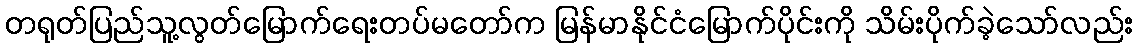
တရုတ်ပြည်သူ့လွတ်မြောက်ရေးတပ်မတော်က မြန်မာနိုင်ငံမြောက်ပိုင်းကို သိမ်းပိုက်ခဲ့သော်လည်း